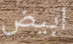
ابيض